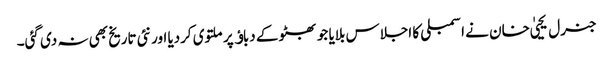
جنرل یحییٰ خان نے اسمبلی کا اجلاس بلایا جو بھٹو کے دباﺅ پر ملتوی کردیا اور نئی تاریخ بھی نہ دی گئی۔